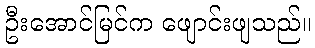
ဦးအောင်မြင်က ဖျောင်းဖျသည်။